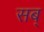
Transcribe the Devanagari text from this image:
सब्